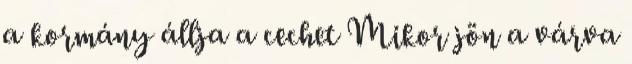
a kormány állja a cechet Mikor jön a várva